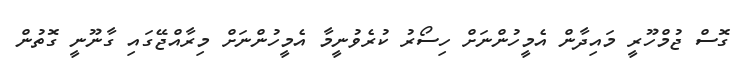
ގޮސް ޖުމްހޫރީ މައިދާން އެމީހުންނަށް ހިސޯރު ކުރެވުނީމާ އެމީހުންނަށް މިރާއްޖޭގައި ގާނޫނީ ގޮތުން